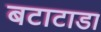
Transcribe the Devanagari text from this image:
बटाटाडा